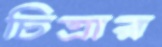
চিত্রার